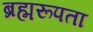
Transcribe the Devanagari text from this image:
ब्रह्मरूपता